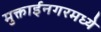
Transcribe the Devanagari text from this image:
मुक्ताईनगरमध्ये